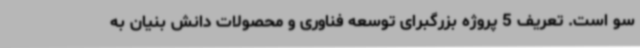
سو است. تعریف 5 پروژه بزرگبرای توسعه فناوری و محصولات دانش بنیان به